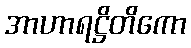
အာဟာရဋ္ဌိတိကော